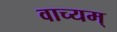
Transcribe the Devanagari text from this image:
वाच्यम्